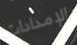
الإمدادات